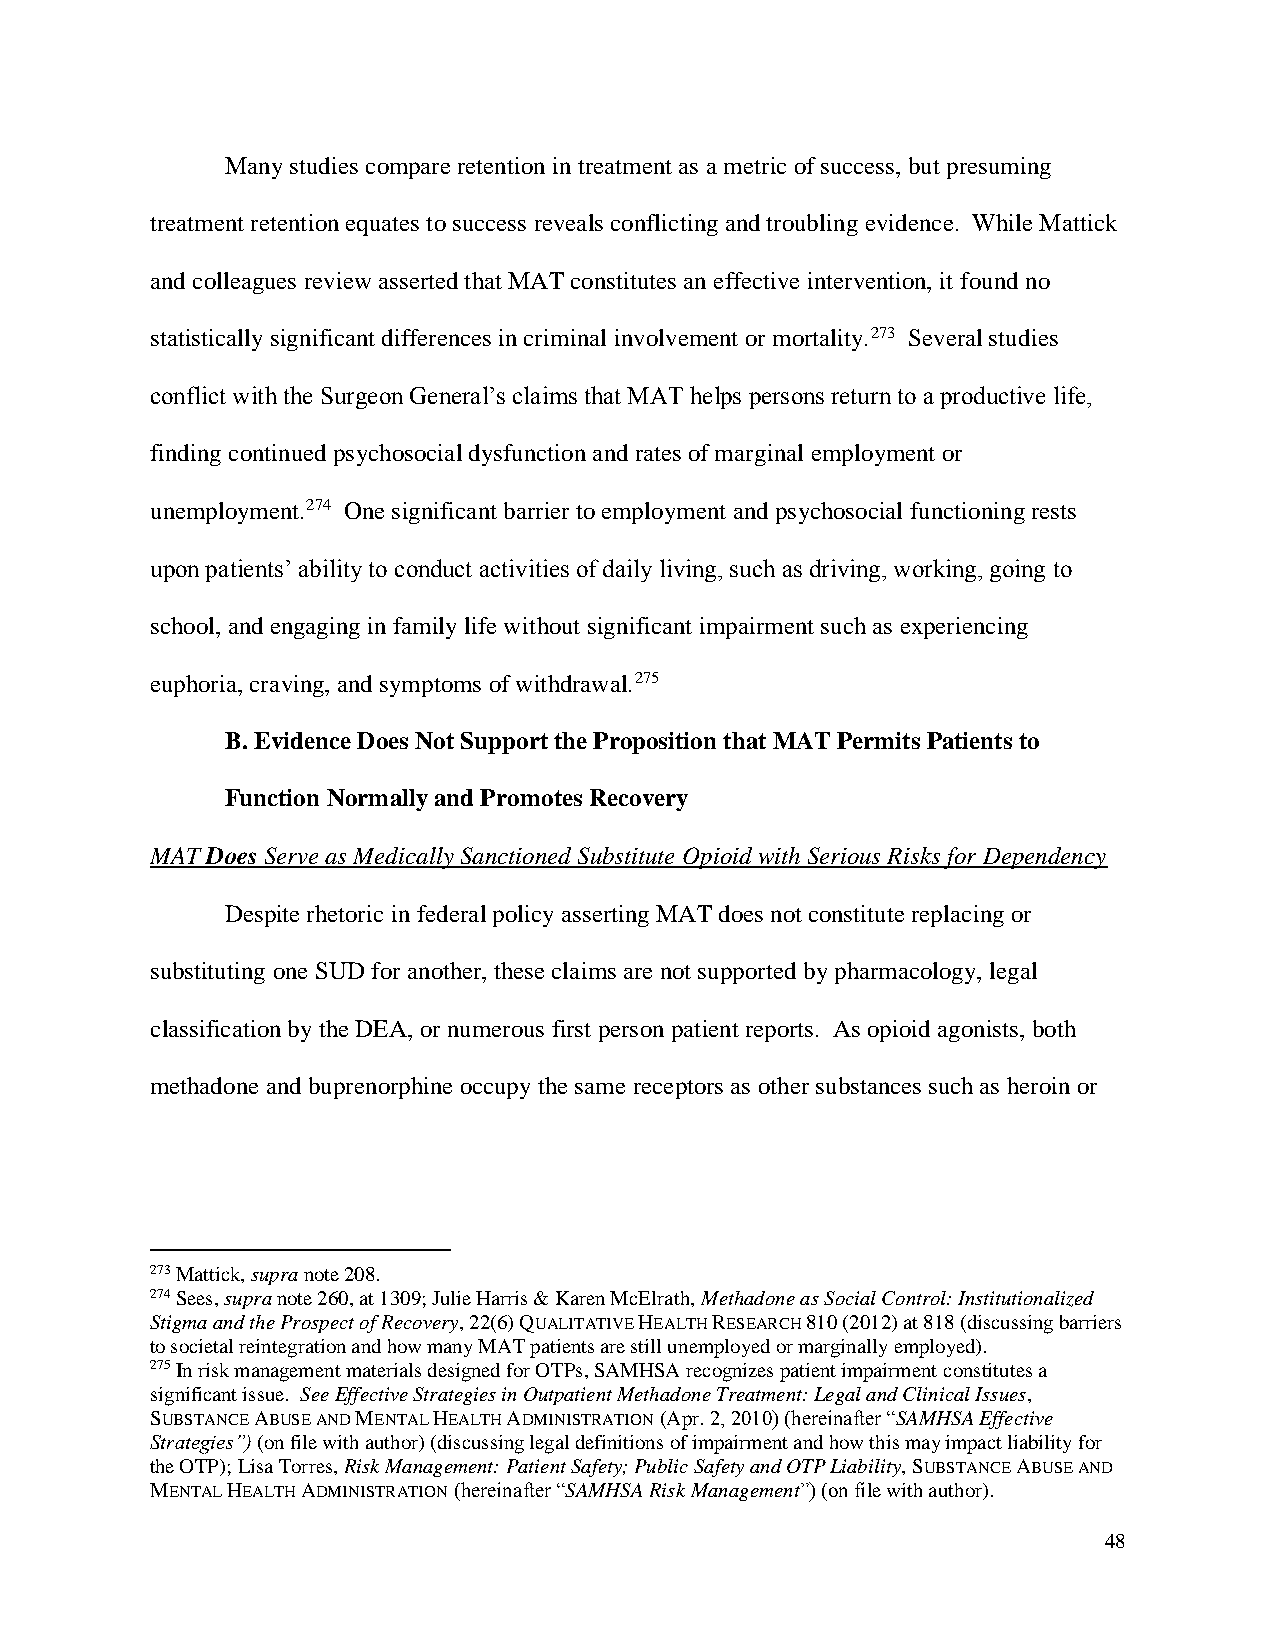
Many studies compare retention in treatment as a metric of success, but presuming
 treatment retention equates to success reveals conflicting and troubling evidence. While Mattick
 and colleagues review asserted that MAT constitutes an effective intervention, it found no
 statistically significant differences in criminal involvement or mortality.273 Several studies
 conflict with the Surgeon General’s claims that MAT helps persons return to a productive life,
 finding continued psychosocial dysfunction and rates of marginal employment or
 unemployment.274 One significant barrier to employment and psychosocial functioning rests
 upon patients’ ability to conduct activities of daily living, such as driving, working, going to
 school, and engaging in family life without significant impairment such as experiencing
 euphoria, craving, and symptoms of withdrawal.275
 B. Evidence Does Not Support the Proposition that MAT Permits Patients to
 Function Normally and Promotes Recovery
 MAT Does Serve as Medically Sanctioned Substitute Opioid with Serious Risks for Dependency
 Despite rhetoric in federal policy asserting MAT does not constitute replacing or
 substituting one SUD for another, these claims are not supported by pharmacology, legal
 classification by the DEA, or numerous first person patient reports. As opioid agonists, both
 methadone and buprenorphine occupy the same receptors as other substances such as heroin or
 273 Mattick, supra note 208.
 274 Sees, supra note 260, at 1309; Julie Harris & Karen McElrath, Methadone as Social Control: Institutionalized
 Stigma and the Prospect of Recovery, 22(6) QUALITATIVE HEALTH RESEARCH 810 (2012) at 818 (discussing barriers
 to societal reintegration and how many MAT patients are still unemployed or marginally employed).
 275 In risk management materials designed for OTPs, SAMHSA recognizes patient impairment constitutes a
 significant issue. See Effective Strategies in Outpatient Methadone Treatment: Legal and Clinical Issues,
 SUBSTANCE ABUSE AND MENTAL HEALTH ADMINISTRATION (Apr. 2, 2010) (hereinafter “SAMHSA Effective
 Strategies”) (on file with author) (discussing legal definitions of impairment and how this may impact liability for
 the OTP); Lisa Torres, Risk Management: Patient Safety; Public Safety and OTP Liability, SUBSTANCE ABUSE AND
 MENTAL HEALTH ADMINISTRATION (hereinafter “SAMHSA Risk Management”) (on file with author).
 48